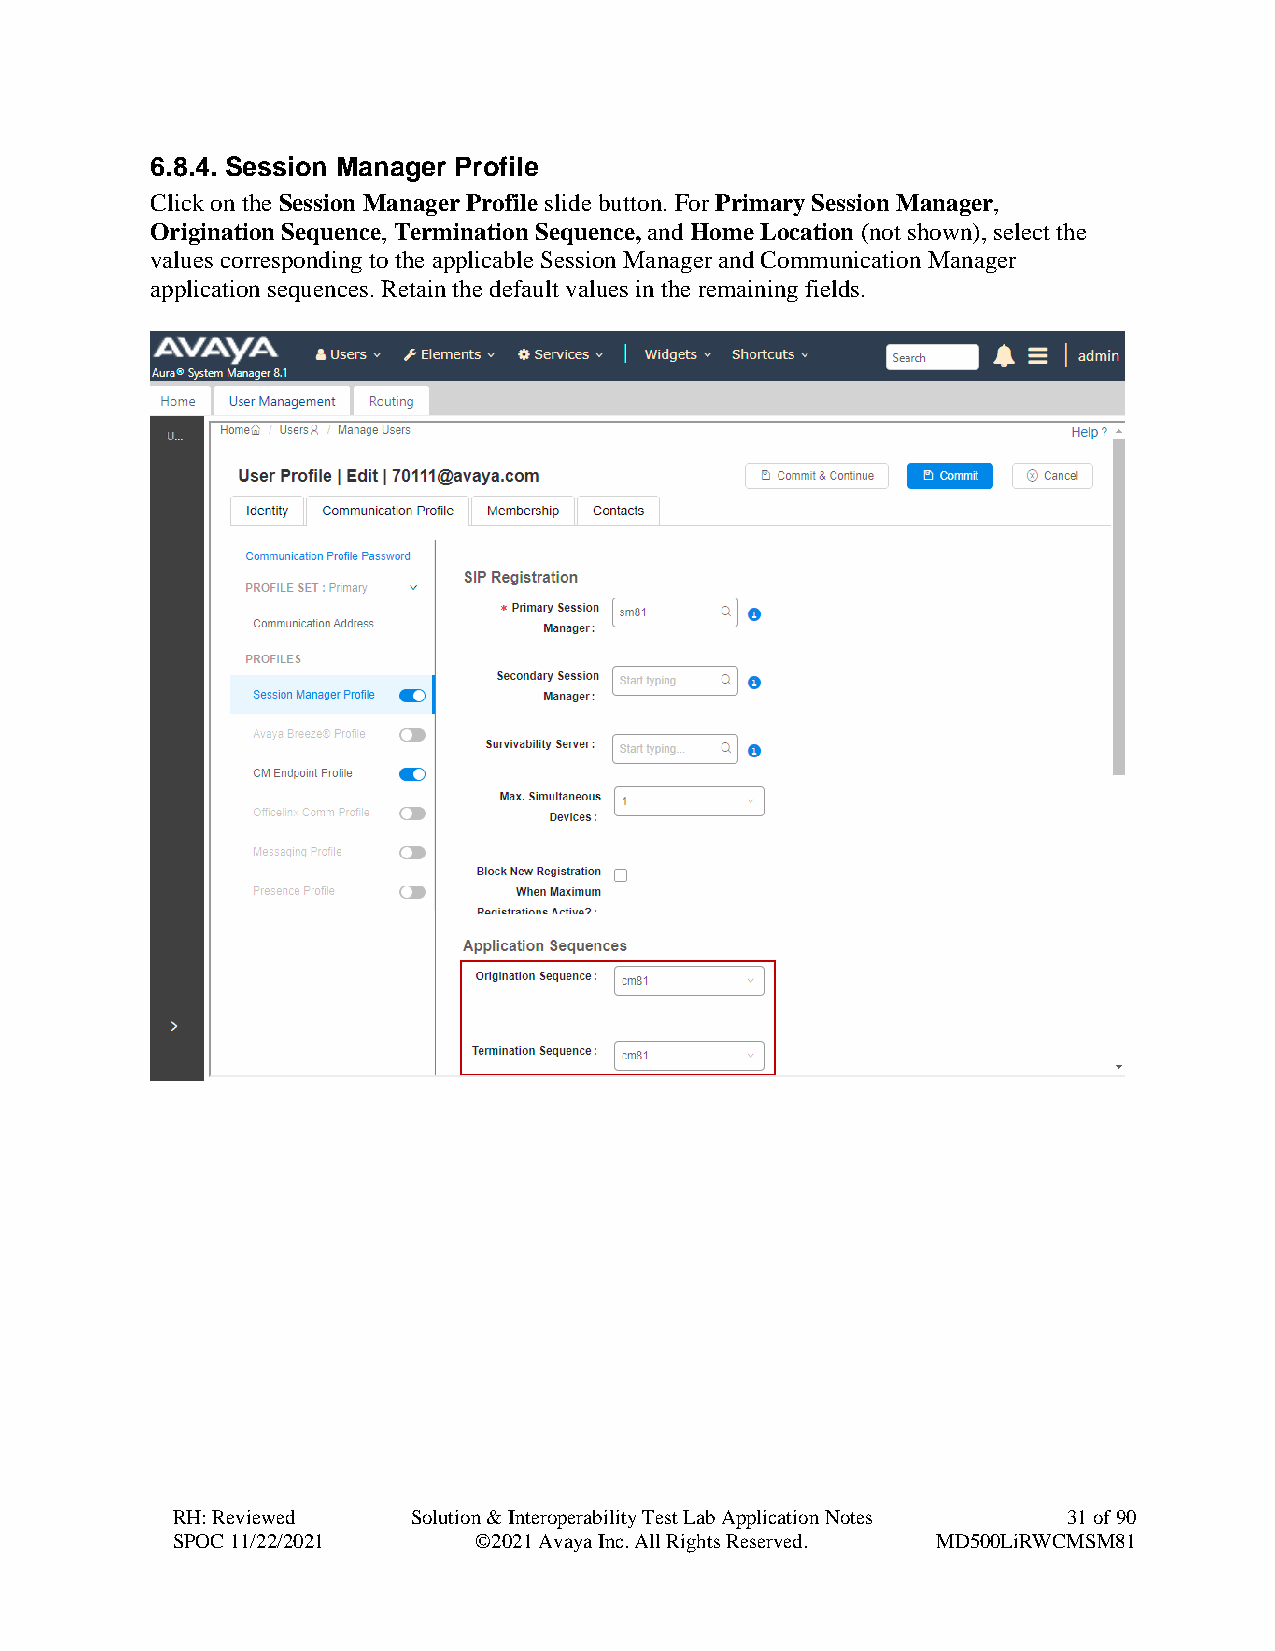
6.8.4. Session Manager Profile
 Click on the Session Manager Profile slide button. For Primary Session Manager,
 Origination Sequence, Termination Sequence, and Home Location (not shown), select the
 values corresponding to the applicable Session Manager and Communication Manager
 application sequences. Retain the default values in the remaining fields.
 RH: Reviewed    Solution & Interoperability Test Lab Application Notes 31 of 90
 SPOC 11/22/2021     ©2021 Avaya Inc. All Rights Reserved. MD500LiRWCMSM81